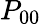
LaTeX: P_{00}